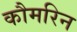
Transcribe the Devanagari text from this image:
कौमरिन